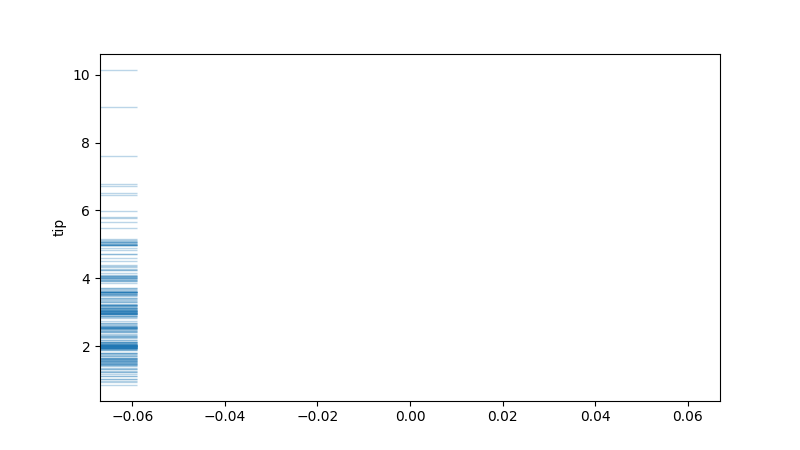
python, seaborn, rugplot, height=0.06, axis='y', alpha=0.3